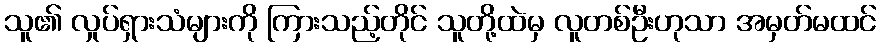
သူ၏ လှုပ်ရှားသံများကို ကြားသည့်တိုင် သူတို့ထဲမှ လူတစ်ဦးဟုသာ အမှတ်မထင်